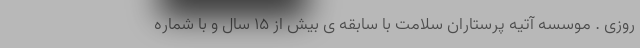
روزی . موسسه آتیه پرستاران سلامت با سابقه ی بیش از 15 سال و با شماره